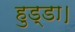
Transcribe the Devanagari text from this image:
हुड्डा।